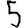
Digit: 5